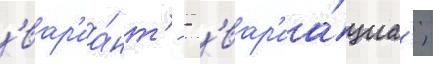
'вар'иа́нт' - - 'вар'иа́циа';